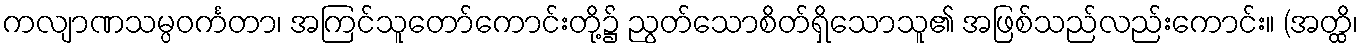
ကလျာဏသမ္ပဝင်္ကတာ၊ အကြင်သူတော်ကောင်းတို့၌ ညွတ်သောစိတ်ရှိသောသူ၏ အဖြစ်သည်လည်းကောင်း။ (အတ္ထိ၊